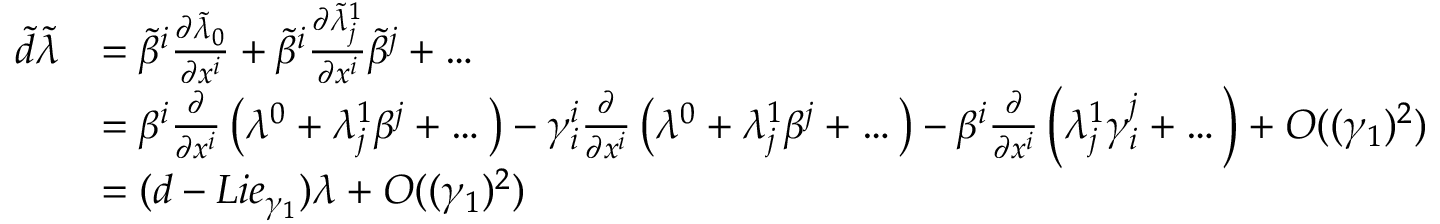
\begin{array} { r l } { \tilde { d } \tilde { \lambda } } & { = \tilde { \beta } ^ { i } \frac { \partial \tilde { \lambda } _ { 0 } } { \partial x ^ { i } } + \tilde { \beta } ^ { i } \frac { \partial \tilde { \lambda } _ { j } ^ { 1 } } { \partial x ^ { i } } \tilde { \beta } ^ { j } + \dots } \\ & { = \beta ^ { i } \frac { \partial } { \partial x ^ { i } } \left( \lambda ^ { 0 } + \lambda _ { j } ^ { 1 } \beta ^ { j } + \dots \right) - \gamma _ { i } ^ { i } \frac { \partial } { \partial x ^ { i } } \left( \lambda ^ { 0 } + \lambda _ { j } ^ { 1 } \beta ^ { j } + \dots \right) - \beta ^ { i } \frac { \partial } { \partial x ^ { i } } \left( \lambda _ { j } ^ { 1 } \gamma _ { i } ^ { j } + \dots \right) + O ( ( \gamma _ { 1 } ) ^ { 2 } ) } \\ & { = ( d - L i e _ { \gamma _ { 1 } } ) \lambda + O ( ( \gamma _ { 1 } ) ^ { 2 } ) } \end{array}